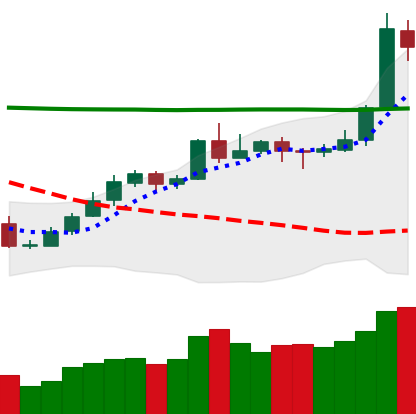
Ticker: NEO-USD
Chart end date: 2020-05-09
Forward return: -7.965%
Label: down_7plus